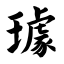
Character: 璩